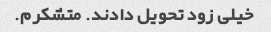
خیلی زود تحویل دادند. متشکرم.